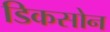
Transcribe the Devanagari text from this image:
डिकसोन